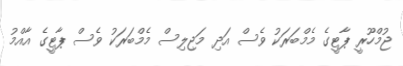
ޖުމްހޫރީ ޕާޓީގެ މެމްބަރަކު ވެސް އަދި މަޖިލިސް މެމްބަރަކު ވެސް ޕާޓީގެ އާއްމު